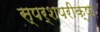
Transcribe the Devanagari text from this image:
स्पर्शपरीक्षा